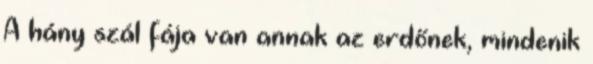
A hány szál fája van annak az erdőnek, mindenik